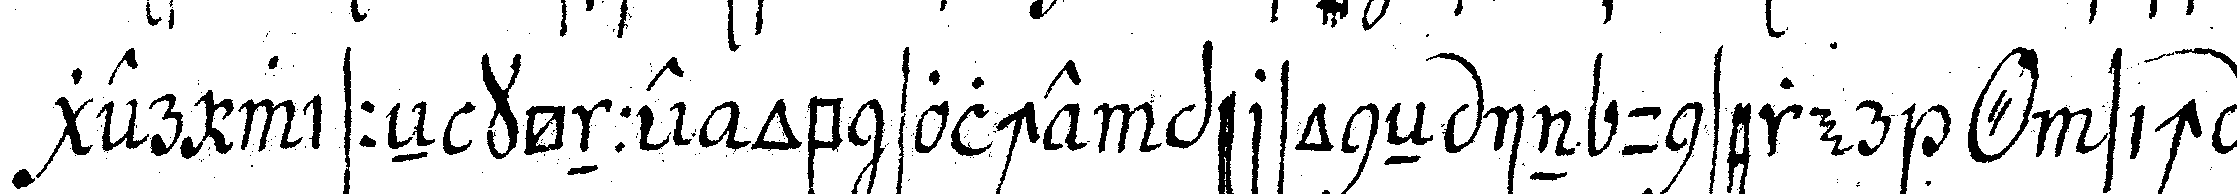
ger wisseN könne ob solche personeN in unserer *o* sich